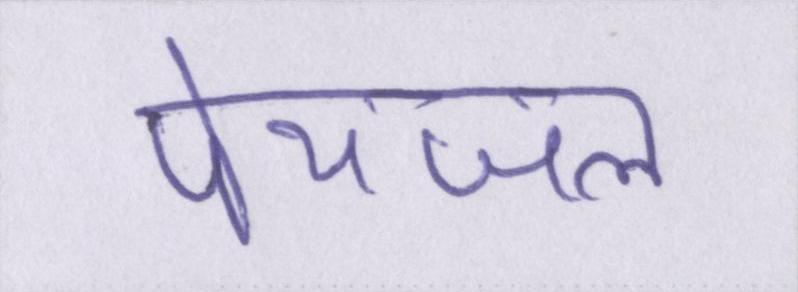
पेयजल